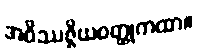
အဝိဿဇ္ဇိယဝတ္ထုကထာ။